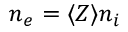
n _ { e } = \langle Z \rangle n _ { i }